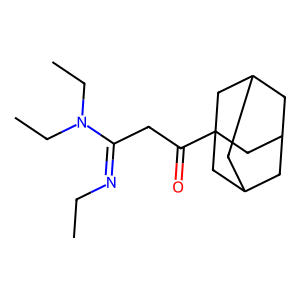
SMILES: CCN=C(CC(=O)C12CC3CC(CC(C3)C1)C2)N(CC)CC
Inhibits HIV replication: No